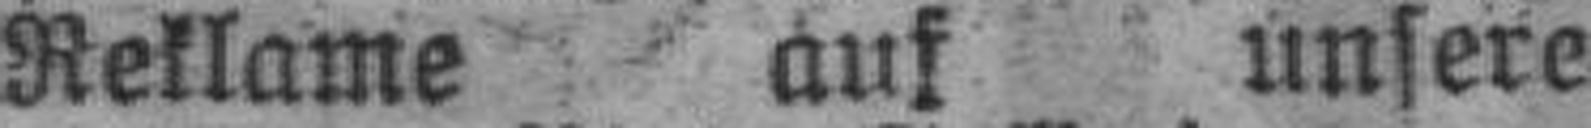
Reklame auf unsere